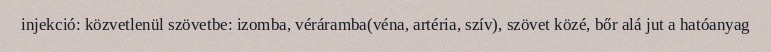
injekció: közvetlenül szövetbe: izomba, véráramba(véna, artéria, szív), szövet közé, bőr alá jut a hatóanyag